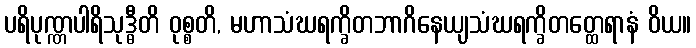
ပရိပုဏ္ဏပါရိသုဒ္ဓီတိ ဝုစ္စတိ, မဟာသံဃရက္ခိတဘာဂိနေယျသံဃရက္ခိတတ္ထေရာနံ ဝိယ။